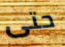
حتى